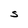
Character: S